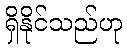
ရှိနိုင်သည်ဟု